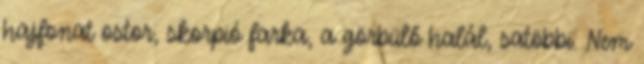
hajfonat ostor, skorpió farka, a görbülő halál, satöbbi. Nem